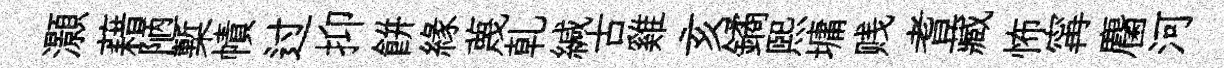
灝藉陋槧幘过抑餅緣蔑乹緘古雞亥鐍熙墉贱耆藏怖𡩋麕河